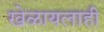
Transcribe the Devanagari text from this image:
खेळायलाही